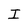
Character: I